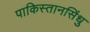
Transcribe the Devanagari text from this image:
पाकिस्तानसिंधु